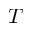
\boldsymbol { T }